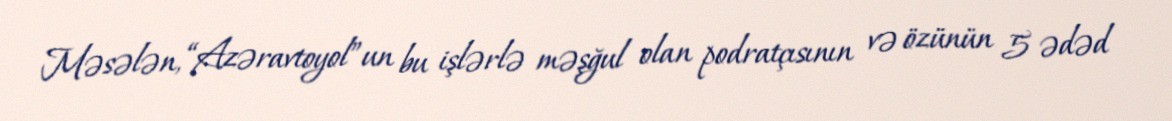
Məsələn, “Azəravtoyol”un bu işlərlə məşğul olan podratçısının və özünün 5 ədəd